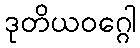
ဒုတိယဝဂ္ဂေါ